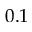
0 . 1